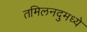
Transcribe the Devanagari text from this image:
तमिलनदुमध्ये